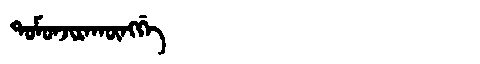
Manchu: ᡨᠣᠮᠣᠨᠵᡳᡵᠠᡴᡡᠩᡤᡝ
Romanization: TOMONJIRAKŪNGGE